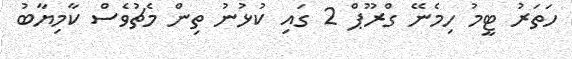
ހަތަރު ޓީމު ހިމެނޭ ގްރޫޕް 2 ގައި ކުޅުނު ތިން މެޗުވެސް ކާމިޔާބު